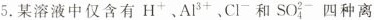
5.某溶液中仅含有H^{+}、Al^{3+}、Cl^{-}和SO_{4}^{2-}四种离